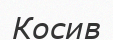
Косив